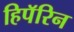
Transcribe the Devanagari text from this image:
हिपॅरिन